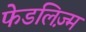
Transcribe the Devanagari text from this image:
फेडलिज़्म